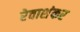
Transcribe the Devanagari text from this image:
रेवाशंकर